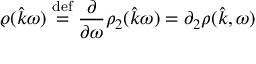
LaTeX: \varrho ( \hat { k } \omega ) \stackrel { \mathrm { d e f } } { = } \frac { \partial } { \partial \omega } \rho _ { 2 } ( \hat { k } \omega ) = \partial _ { 2 } \rho ( \hat { k } , \omega )